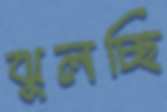
ঝুলচ্ছি